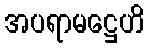
အပရာမဋ္ဌေဟိ